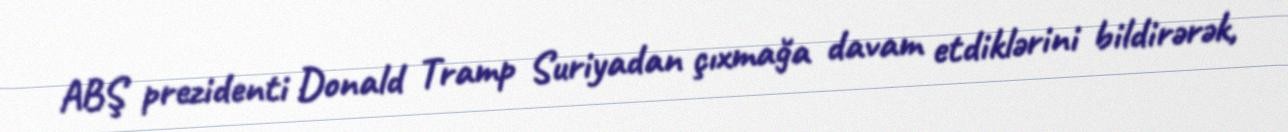
ABŞ prezidenti Donald Tramp Suriyadan çıxmağa davam etdiklərini bildirərək,